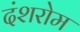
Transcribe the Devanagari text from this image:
दंशरोम